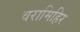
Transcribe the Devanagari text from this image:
वरामिहिर